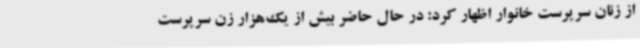
از زنان سرپرست خانوار اظهار کرد: در حال حاضر بیش از یک‌هزار زن سرپرست